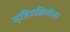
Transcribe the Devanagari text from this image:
सृष्टिप्रक्रियेला